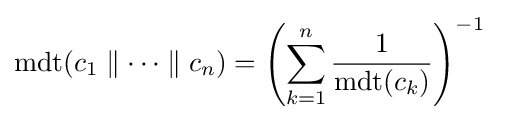
{\text{mdt}}(c_{1}\parallel \dots \parallel c_{n})=\left(\sum _{k=1}^{n}{\frac {1}{{\text{mdt}}(c_{k})}}\right)^{-1}\;